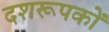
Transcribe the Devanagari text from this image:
दशरूपकों